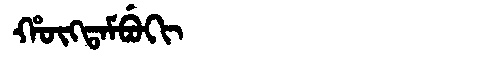
Manchu: ᡥᡡᡴᡨᠠᠮᠪᡠᡴᡳ
Romanization: HŪKTAMBUKI